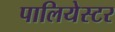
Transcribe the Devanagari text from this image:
पालियेस्टर